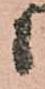
候